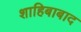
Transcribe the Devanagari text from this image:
शाहिबाबाद